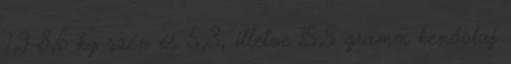
7,9–8,6 kg szén és 5,3, illetve 15,5 gramm kenőolaj